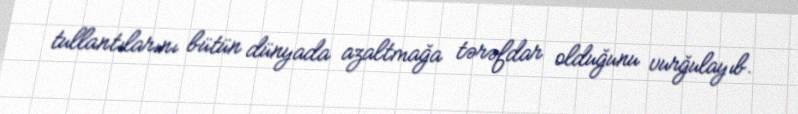
tullantılarını bütün dünyada azaltmağa tərəfdar olduğunu vurğulayıb.